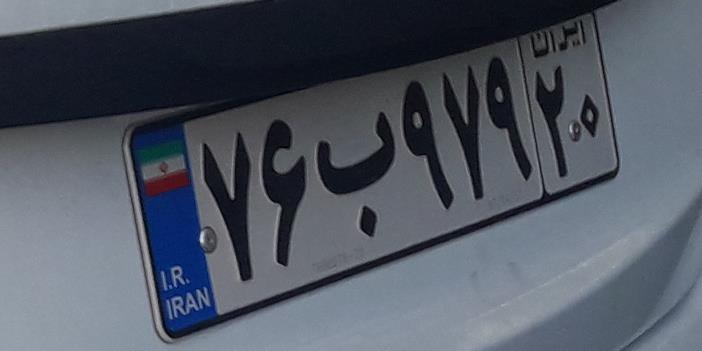
۷۶ب۹۷۹۲۰